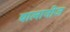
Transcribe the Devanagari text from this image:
बालानीज